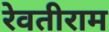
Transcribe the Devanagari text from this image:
रेवतीराम